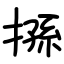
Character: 搎